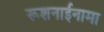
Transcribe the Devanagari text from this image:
रूशनाईनामा